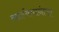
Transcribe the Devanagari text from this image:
साईबाबांनाचा